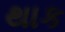
થાક